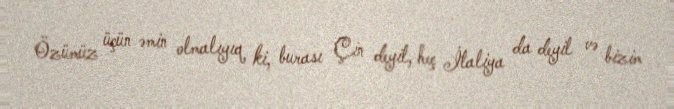
Özümüz üçün əmin olmalıyıq ki, burası Çin deyil, heç İtaliya da deyil və bizim